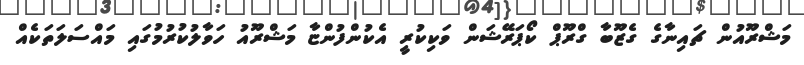
މަޝްރޫއުން ޗައިނާގެ ގެޒޫބާ ގްރޫޕް ކޯޕަރޭޝަން ވަކިކުރީ އެކުންފުންޏާ މަޝްރޫއު ހަވާލުކުރުމުގައި މައްސަލަތަކެއް